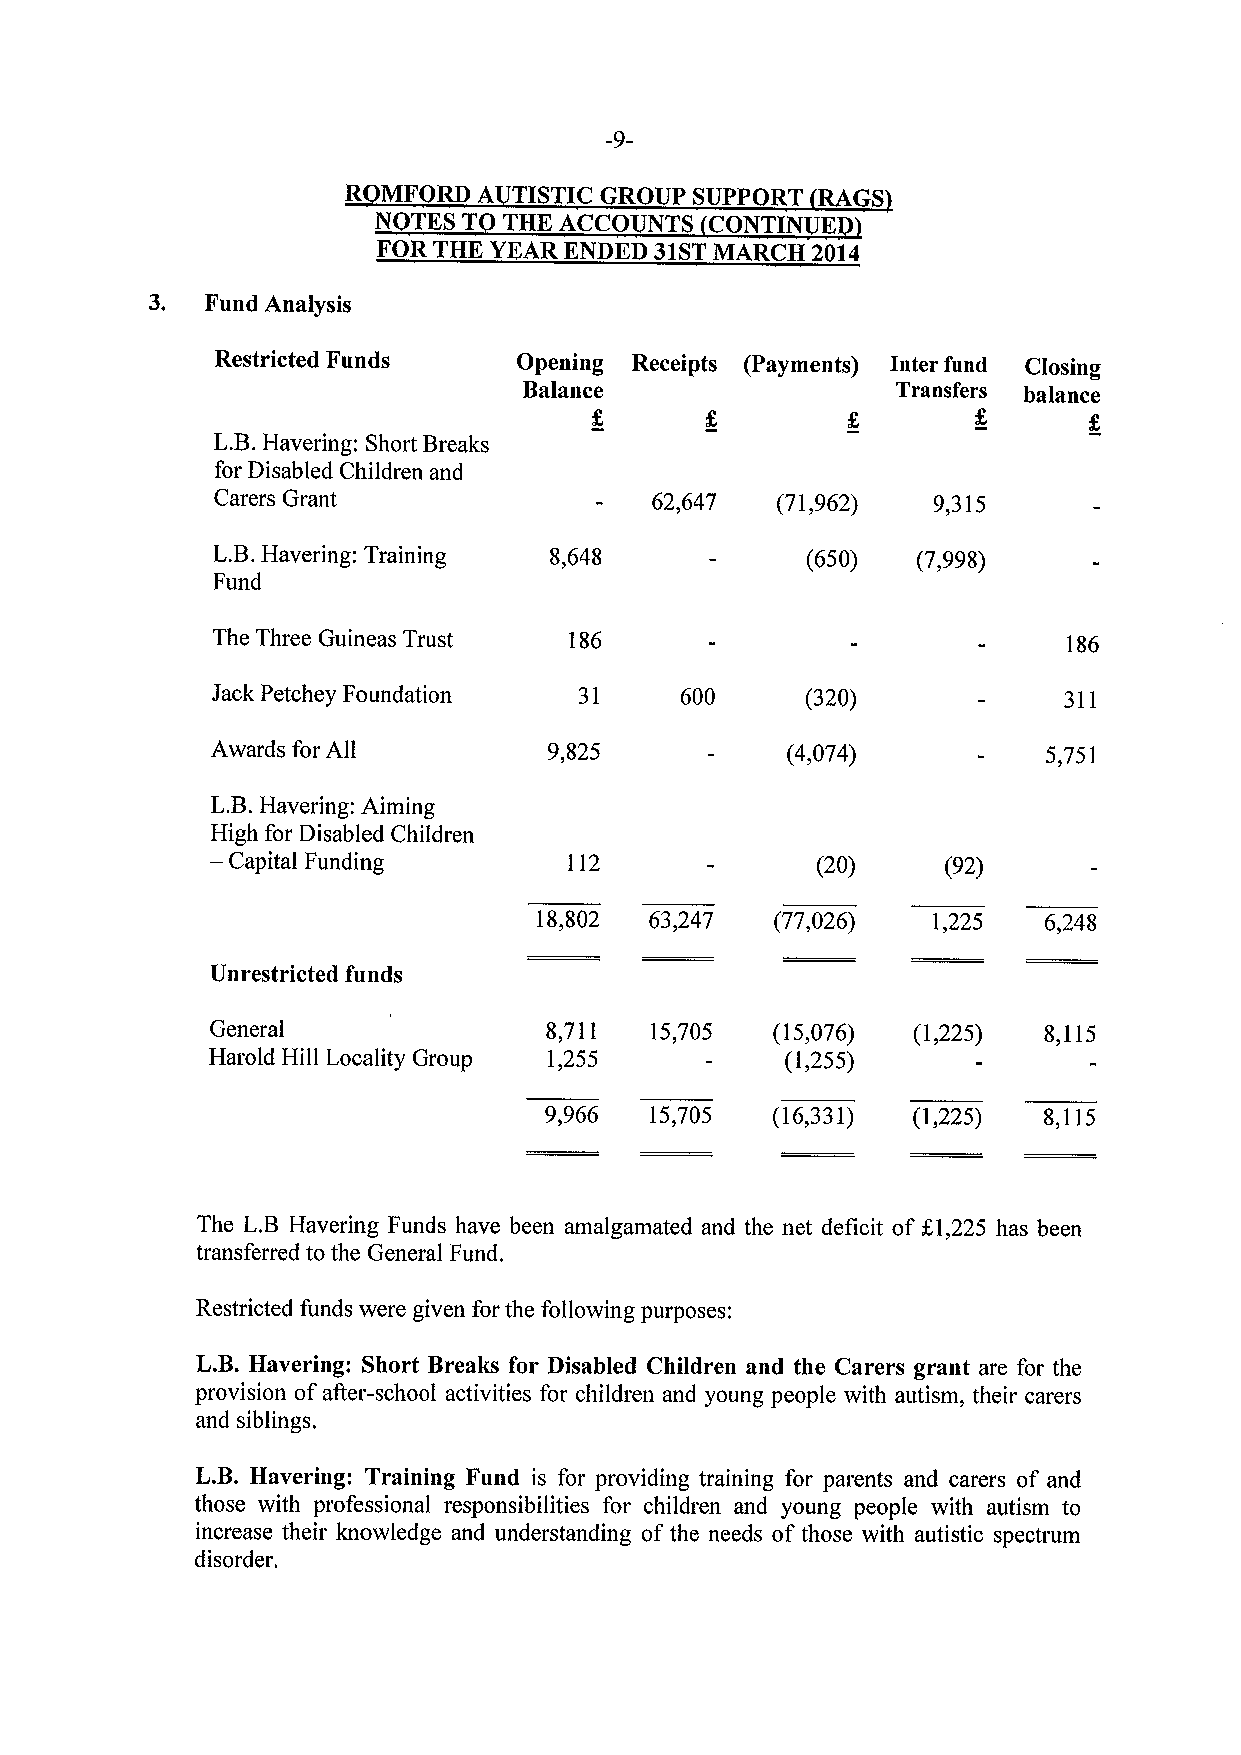
R MFORD  A TISTIC GROUP SUPPORT RAGS
 NOTES T THE ACCOUNTS  CONTINUE
 FOR THE YEAR ENDED 31STMARCH 2014
 3.  Fund Analysis
 Restricted Funds    Opening Receipts (Payments) Inter fund Closing
 Balance                 Transfers balance
 g       g
 L.B.
 Havering: Short Breaks
 for Disabled Children and
 Carers Grant                 62,647  (71,962)   9,315
 L.B.
 Havering: Training 8,648            (650)   (7,998)
 Fund
 The Three Guineas Trust 186                              186
 Jack Petchey Foundation 31     600     (320)            311
 Awards for All        9,825           (4,074)          5,751
 L.B.
 Havering: Aiming
 High for Disabled Children
 —
 Capital Funding        112             (20)     (92)
 18,802 63,247  (77,026)   1,225  6,248
 Unrestricted funds
 General               8,711  15,705  (15,076) (1,225)  8,115
 Harold Hill Locality Group 1,255 -    (1,255)
 9,966  15,705  (16,331) (1,225)  8,115
 The L.B Havering Funds have been amalgamated and the net deficit of K1,225 has been
 transferred to the General Fund.
 Restricted funds were given for the following purposes:
 L.B.Havering: Short Breaks for Disabled Children and the Carers grant are for the
 provision ofafter-school activities for children and young people with autism, their carers
 and siblings.
 L.B. Havering: Training Fund is for providing training for parents and carers of and
 those with professional responsibilities for children and young people with autism to
 increase their knowledge and understanding of the needs of those with autistic spectrum
 disorder.